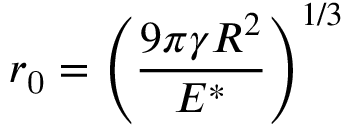
r _ { \mathrm { 0 } } = \left( \frac { 9 \pi \gamma R ^ { 2 } } { E ^ { * } } \right) ^ { 1 / 3 }